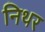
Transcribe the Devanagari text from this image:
निथर